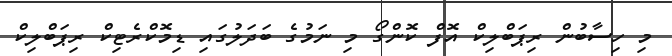
މި ހިސާބުން ރިޕަބްލިކް އޮފް ކޮންގޯ މި ނަމުގެ ބަދަލުގައި ޑިމޮކްރެޓިކް ރިޕަބްލިކް